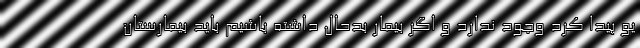
یو پیدا کرد وجود ندارد و اگر بیمار بدحال داشته باشیم باید بیمارستان